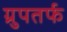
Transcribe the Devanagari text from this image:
ग्रुपतर्फ